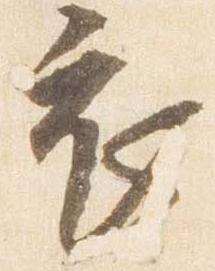
衣